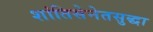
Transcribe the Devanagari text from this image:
शांतिसेनेतसुद्धा